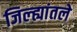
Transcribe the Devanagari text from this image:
जिल्ह्यांतले